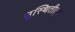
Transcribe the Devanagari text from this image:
सुस्थितीतून